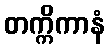
တက္ကိကာနံ